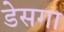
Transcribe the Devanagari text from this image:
डेसगा